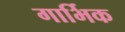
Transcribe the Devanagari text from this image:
गार्भिक